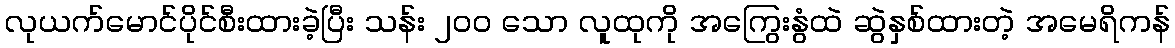
လုယက်မောင်ပိုင်စီးထားခဲ့ပြီး သန်း ၂၀၀ သော လူထုကို အကြွေးနွံထဲ ဆွဲနှစ်ထားတဲ့ အမေရိကန်